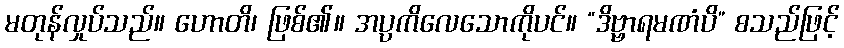
မတုန်လှုပ်သည်။ ဟောတိ၊ ဖြစ်၏။ အပ္ပကိလေသောကိုပင်။ “ဒိဗ္ဗာရမဏံပိ” စသည်ဖြင့်